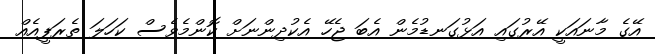
އޭގެ މާނައަކީ އޭރުގައި އަޅުގަނޑުމެން އެބަ ޖެހޭ އެކުދިންނަށް ކޮންމެވެސް ކަހަލަ ތެރަޕީއެއް